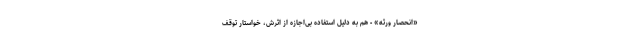
«انحصار ورثه» - هم به دلیل استفاده بی‌اجازه از اثرش، خواستار توقف